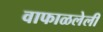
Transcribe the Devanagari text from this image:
वाफाळलेली